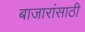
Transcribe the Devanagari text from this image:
बाजारांसाठी